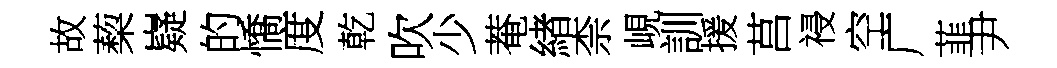
故蔾嶷的憍度乾吹少菴緖柰峴訓援莒祲空广韮尹